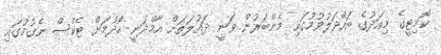
ކޮމިޓީގެ މިއަދުގެ ބައްދަލުވުމުގައި މެންބަރުން ވަނީ ދައުލަތަށް އާމްދަނީ ހޯދުމަށް ޓެކްސް ނެގުމުގައި